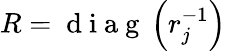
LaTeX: R=\mathrm{~d~i~a~g~}\left(r_{j}^{-1}\right)